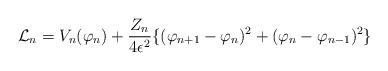
LaTeX: \begin{align*}{\cal L}_n=V_n(\varphi_n)+\frac{Z_n}{4\epsilon^2}\{(\varphi_{n+1}-\varphi_n)^2+(\varphi_n-\varphi_{n-1})^2\}\end{align*}